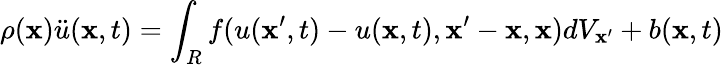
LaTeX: \rho(\mathbf{x}){\ddot{{u}}}(\mathbf{x},t)=\int_{R}f(u(\mathbf{x}^{\prime},t)-u(\mathbf{x},t),\mathbf{x}^{\prime}-\mathbf{x},\mathbf{x})dV_{\mathbf{x}^{\prime}}+b(\mathbf{x},t)